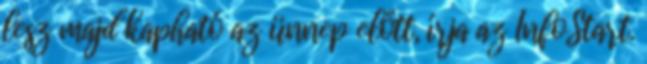
lesz majd kapható az ünnep előtt, írja az InfoStart.